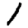
Digit: 1